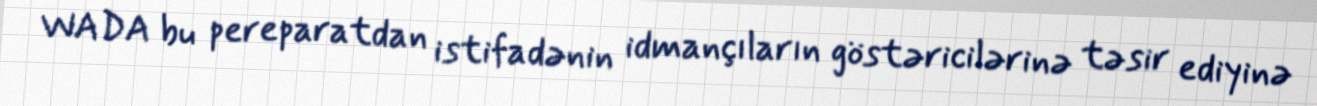
WADA bu pereparatdan istifadənin idmançıların göstəricilərinə təsir ediyinə